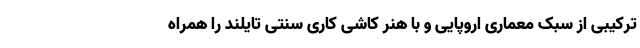
ترکیبی از سبک معماری اروپایی و با هنر کاشی کاری سنتی تایلند را همراه